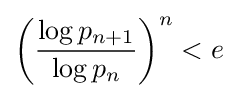
\left({\frac {\log p_{n+1}}{\log p_{n}}}\right)^{n}<e